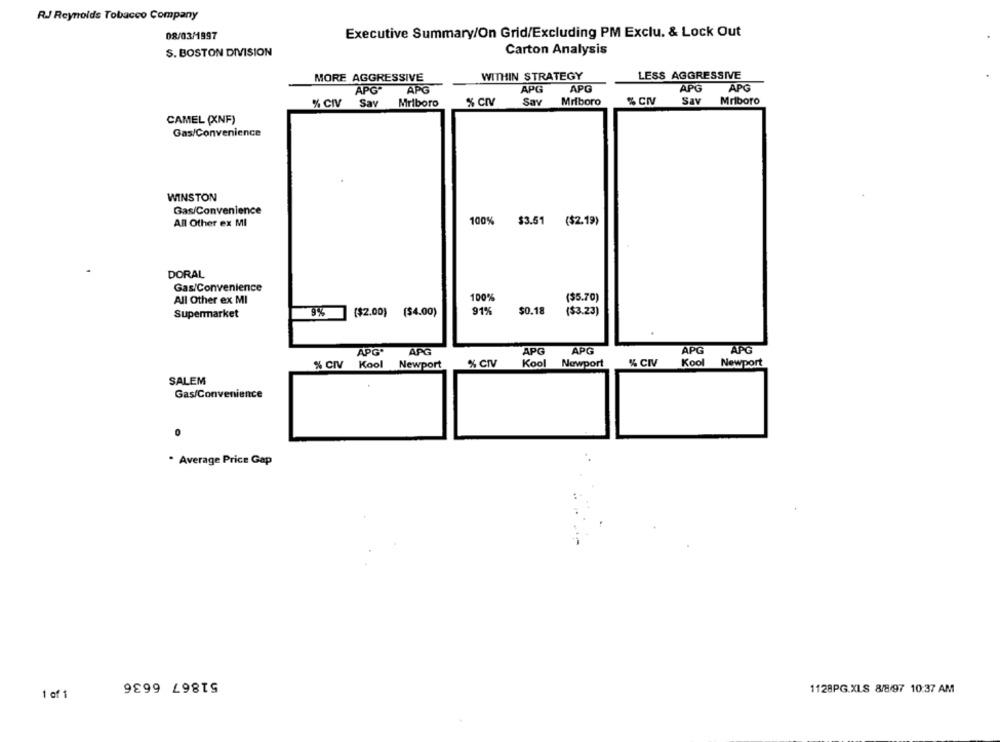
RJ Reynolds Tobacco Company
08/03/1997
Executive Summary/On Grid/Excluding PM Exclu. & Lock Out
S. BOSTON DIVISION
Carton Analysis
LESS AGGRESSIVE
MORE AGGRESSIVE
WITHIN STRATEGY
APG
APG
APG
APG
APG
APG
% CIV
Say
Mriboro
% Cr
Sav
Mriboro
% CIV
Sav
Mriboro
CAMEL (XNF)
Gas/Convenience
WINSTON
Gas/Convenience
All Other ex MI
100%
$3.51 ($2.19)
DORAL
Gas/Convenience
($5.70)
All Other ex MI
100%
9%
($2.00) ($4.00)
91%
$0.18
($3.23)
Supermarket
APG
APG
APG.
APG
APG
APG
% CIV
Kool
Newport
% CIV
Kool
Newport
% CIV
Kool
Newport
SALEM
Gas/Convenience
. Average Price Gap
51867 6636
1128PG.XLS 8/8/97 10:37 AM
1 of 1